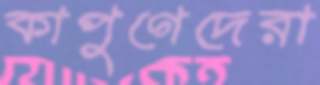
কাপুগেদেরা